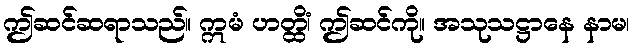
ဤဆင်ဆရာသည်။ ဣမံ ဟတ္ထိံ၊ ဤဆင်ကို။ အသုသဋ္ဌာနေ နာမ၊